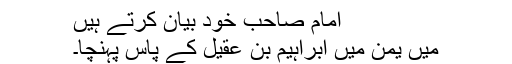
امام صاحب خود بیان کرتے ہیں
میں یمن میں ابراہیم بن عقیل کے پاس پہنچا۔